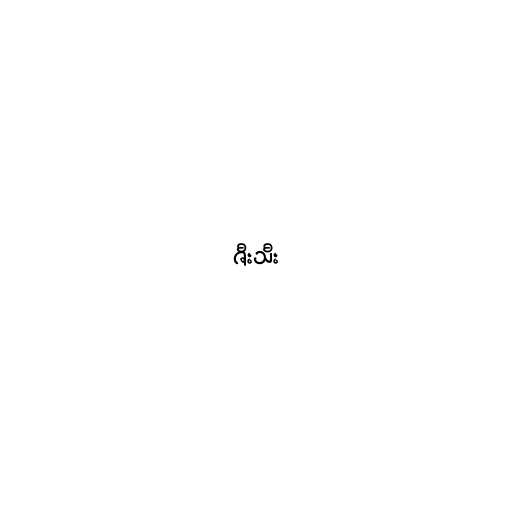
ဇီးသီး